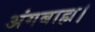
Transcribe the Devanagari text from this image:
अंगबाह्म।